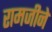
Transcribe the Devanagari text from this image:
रामजीने